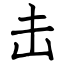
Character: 击